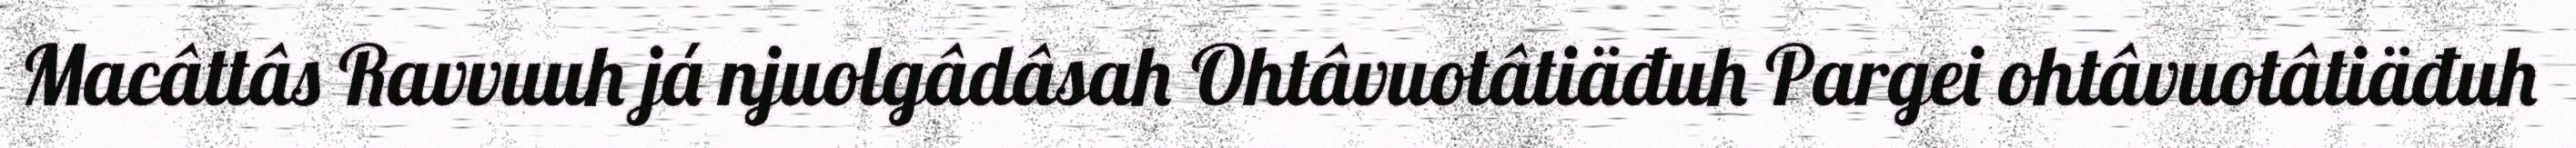
Macâttâs Ravvuuh já njuolgâdâsah Ohtâvuotâtiäđuh Pargei ohtâvuotâtiäđuh